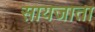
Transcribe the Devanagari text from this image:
सायजाता